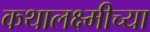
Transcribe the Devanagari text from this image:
कथालक्ष्मीच्या